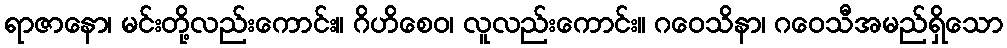
ရာဇာနော၊ မင်းတို့လည်းကောင်း။ ဂိဟိစေဝ၊ လူလည်းကောင်း။ ဂဝေသိနာ၊ ဂဝေသီအမည်ရှိသော